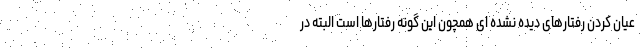
عیان کردن رفتارهای دیده نشده ای همچون این گونه رفتارها است البته در